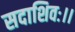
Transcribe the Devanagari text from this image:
सदाशिवः।।